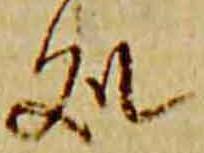
処